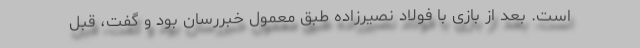
است. بعد از بازی با فولاد نصیرزاده طبق معمول خبررسان بود و گفت، قبل